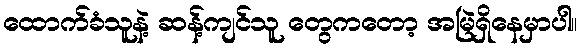
ထောက်ခံသူနဲ့ ဆန့်ကျင်သူ တွေကတော့ အမြဲရှိနေမှာပါ။